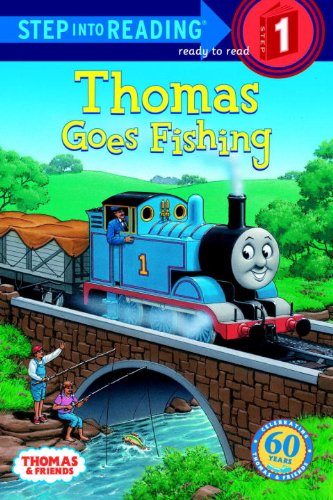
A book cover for Thomas Goes Fishing (Thomas & Friends) (Step into Reading); Rev. W. Awdry; Children's Books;